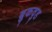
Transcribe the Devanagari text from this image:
ब्रुकवुड